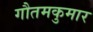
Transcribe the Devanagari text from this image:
गौतमकुमार